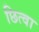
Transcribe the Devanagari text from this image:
छित्वा